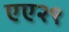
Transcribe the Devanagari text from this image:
एए२९